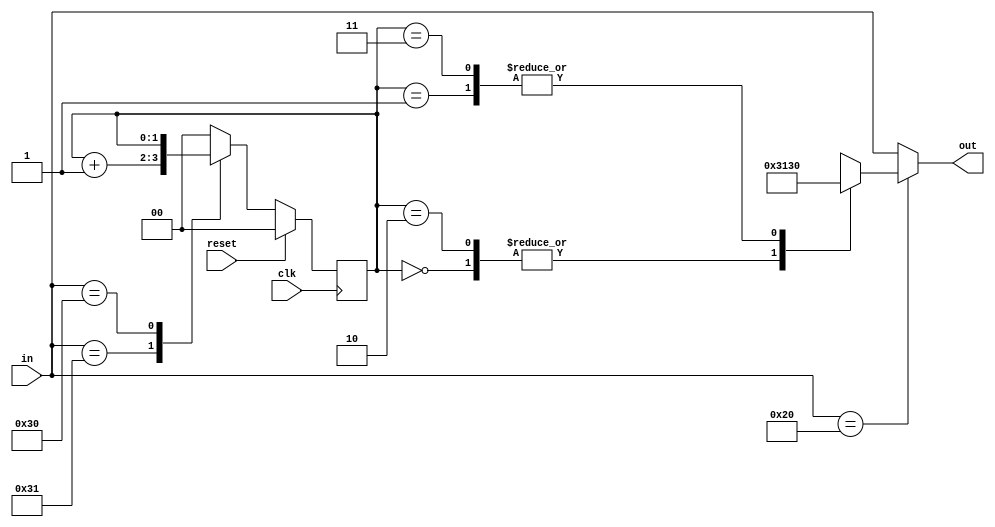
module odd_parity_generator(
    input clk,
    input reset,
    input [8:1] in,
    output reg[8:1] out
);

//-------------Internal Variables---------------------------

reg [1:0] curr_st, next_st;
parameter S0 = 2'b00, S1 = 2'b01, S2 = 2'b10, S3 = 2'b11;
initial begin
    curr_st=0;
end
 
//----------Code starts Here------------------------

always @(curr_st or in) begin
    case (in)
        "1": next_st = curr_st + 1;
        "0": next_st = curr_st;
        default: next_st = 0;
    endcase
end

//----------Seq Logic-----------------------------

always @(posedge clk) begin
        if (reset) begin
            curr_st <= S0;
        end
        else begin
            curr_st <= next_st;
        end
end

//----------Output Logic-----------------------------

always @(curr_st or in) begin
    if (in == " ") begin
        case(curr_st)
            S0 : out = "1";
            S1 : out = "0";
            S2 : out = "1";
            S3 : out = "0";
            default : out = "x";
        endcase
    end else begin
        out = in;
    end
end
endmodule